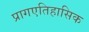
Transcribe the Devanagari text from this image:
प्रागएतिहासिक